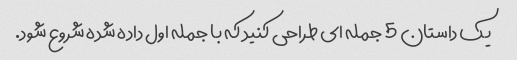
یک داستان 5 جمله ای طراحی کنید که با جمله اول داده شده شروع شود.